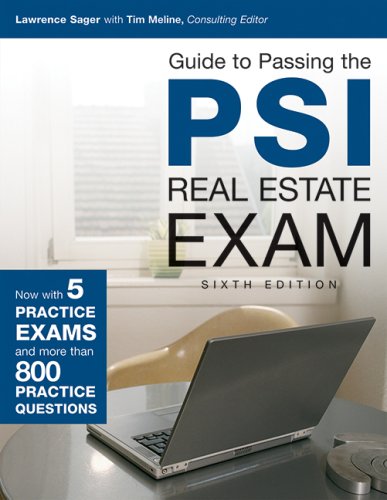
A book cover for Guide to Passing the PSI Real Estate Exam, 6th Edition; Lawrence Sager; Business & Money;